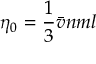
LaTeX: \quad \eta _ { 0 } = { \frac { 1 } { 3 } } { \bar { v } } n m l